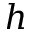
h